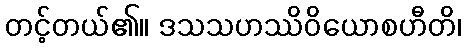
တင့်တယ်၏။ ဒသသဟဿိဝိယောစဟီတိ၊